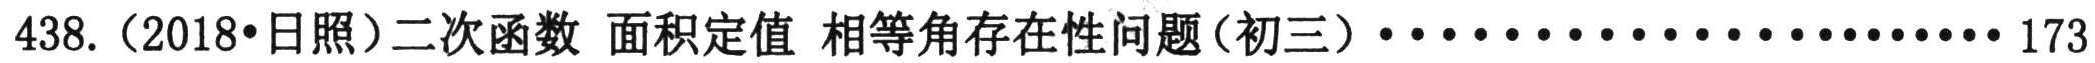
438.（2018•日照）二次函数 面积定值 相等角存在性问题(初三)························173